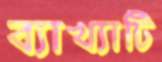
ব্যাখ্যাটি